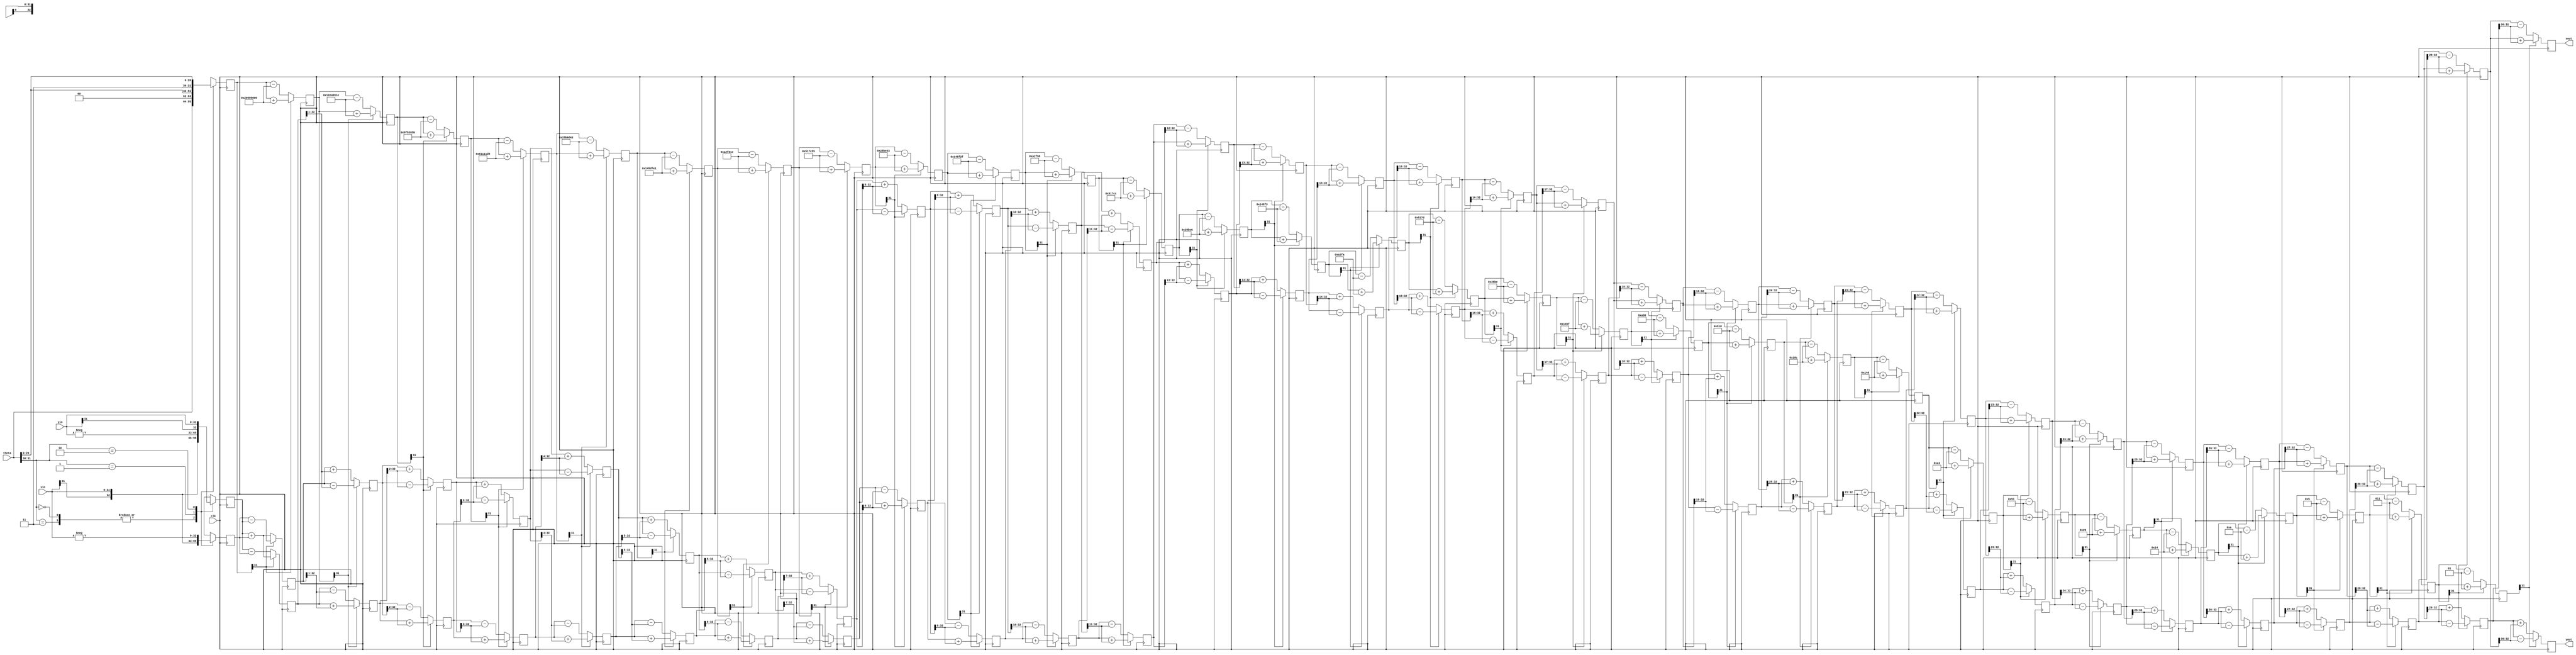
`timescale 1ns / 1ps
//////////////////////////////////////////////////////////////////////////////////
// Company: 
// Engineer: 
// 
// Design Name: 
// Module Name: Cordic
// Project Name: 
// Target Devices: 
// Tool Versions: 
// Description:
// 
// Dependencies: 
// 
// Revision:
// Revision 0.01 - File Created
// Additional Comments:
//Angle theta between 0 to 2pi is scaled to fit into 32 bit signed register for eg 45 degree=(45/360)*2^32 which result in resoltion of 2^-30
//The angle vary from 0 to pi or 0 to -pi since we have used signed representation of angle
// the quadrant of angle theta can be determined using the two msb (including signed bit) 00-> first quad, 11-> fourth quad 01-> second 10->third
//////////////////////////////////////////////////////////////////////////////////


module Cordic(clk,theta,xin,yin,xout,yout);
parameter bw=32;
localparam stg=bw;  // no of stages/iteration same as word length of x,y since after that no chnage will occur in x and y
input clk;
input signed [31:0] theta; 
input signed [bw-1:0] xin,yin;
output signed [bw:0] xout,yout;  //
//output signed [31:0] zout;
//######################## Arc(tan(2^-i)) lut #####################
wire signed [31:0] atan [0:30];
assign atan[00]=32'b00100000000000000000000000000000;
assign atan[01]=32'b00010010111001000000010100011110;
assign atan[02]=32'b00001001111110110011100001011011;
assign atan[03]=32'b00000101000100010001000111010100;
assign atan[04]=32'b00000010100010110000110101000011;
assign atan[05]=32'b00000001010001011101011111100001;
assign atan[06]=32'b00000000101000101111011000011110;
assign atan[07]=32'b00000000010100010111110001010101;
assign atan[08]=32'b00000000001010001011111001010011;
assign atan[09]=32'b00000000000101000101111100101111;
assign atan[10]=32'b00000000000010100010111110011000;
assign atan[11]=32'b00000000000001010001011111001100;
assign atan[12]=32'b00000000000000101000101111100110;
assign atan[13]=32'b00000000000000010100010111110011;
assign atan[14]=32'b00000000000000001010001011111010;
assign atan[15]=32'b00000000000000000101000101111101;
assign atan[16]=32'b00000000000000000010100010111110;
assign atan[17]=32'b00000000000000000001010001011111;
assign atan[18]=32'b00000000000000000000101000110000;
assign atan[19]=32'b00000000000000000000010100011000;
assign atan[20]=32'b00000000000000000000001010001100;
assign atan[21]=32'b00000000000000000000000101000110;
assign atan[22]=32'b00000000000000000000000010100011;
assign atan[23]=32'b00000000000000000000000001010001;
assign atan[24]=32'b00000000000000000000000000101001;
assign atan[25]=32'b00000000000000000000000000010100;
assign atan[26]=32'b00000000000000000000000000001010;
assign atan[27]=32'b00000000000000000000000000000101;
assign atan[28]=32'b00000000000000000000000000000011;
assign atan[29]=32'b00000000000000000000000000000001;
assign atan[30]=32'b00000000000000000000000000000001;

reg signed [bw:0] X [0:stg-1];
reg signed [bw:0] Y [0:stg-1];
reg signed [31:0] Z [0:stg-1];



////################### stage 0###############

wire [1:0] quad;
assign quad=theta[31:30];
always@(posedge clk)
    begin
    case(quad)
    2'b00,2'b11:
        begin
        X[0]<=xin;
        Y[0]<=yin;
        Z[0]<=theta;
        end
    2'b01:               ///// angle is between pi/2 to pi
        begin
        X[0]<=-yin;
        Y[0]<=xin;
        Z[0]<={2'b00,theta[29:0]};
        end
    2'b10: // third quad
        begin
        X[0]<=yin;
        Y[0]<=-xin;
        Z[0]<={2'b11,theta[29:0]};
        end
    default:
        begin
        X[0]<=xin;
        Y[0]<=yin;
        Z[0]<=theta;
        end
        
    endcase
    
    end  // end of always

///#################### stage 1

genvar i;
generate
for(i=0;i<(stg-1);i=i+1)
begin:XYZ
wire z_sign;
wire signed [bw:0] X_shr,Y_shr;
assign X_shr=X[i]>>>(i);  // arithmetic right shift
assign Y_shr=Y[i]>>>(i);
assign z_sign=Z[i][31];  // z_sign=1 for z<0
always@(posedge clk)
    begin
    X[i+1]<=z_sign? (X[i]+Y_shr):(X[i]-Y_shr);
    Y[i+1]<=z_sign? (Y[i]-X_shr):(Y[i]+X_shr);
    Z[i+1]<=z_sign? (Z[i]+atan[i]):(Z[i]-atan[i]);
    end
 end // end of for loop
 endgenerate
assign xout=X[stg-1];
assign yout=Y[stg-1];
//assign zout=Z[stg-2];     

endmodule